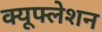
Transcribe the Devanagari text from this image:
क्यूफ्लेशन